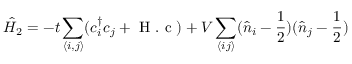
\hat { H } _ { 2 } = - t \sum _ { \left< i , j \right> } ( c _ { i } ^ { \dagger } c _ { j } + \textnormal { H . c } ) + V \sum _ { \left< i j \right> } ( \hat { n } _ { i } - \frac { 1 } { 2 } ) ( \hat { n } _ { j } - \frac { 1 } { 2 } )